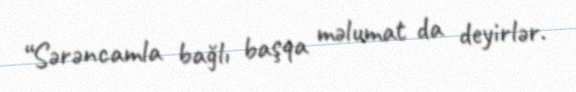
“Sərəncamla bağlı başqa məlumat da deyirlər.